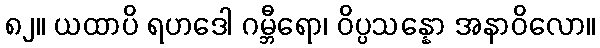
၈၂။ ယထာပိ ရဟဒေါ ဂမ္ဘီရော၊ ဝိပ္ပသန္နော အနာဝိလော။